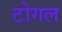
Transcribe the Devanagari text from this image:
टोगल